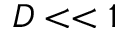
D < < 1